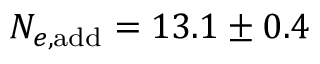
N _ { e , \mathrm { a d d } } = 1 3 . 1 \pm 0 . 4